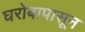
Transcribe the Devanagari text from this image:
घरोबापासून